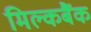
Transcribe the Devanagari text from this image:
मिल्कबैंक